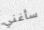
سأغني